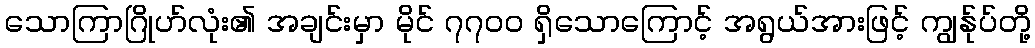
သောကြာဂြိုဟ်လုံး၏ အချင်းမှာ မိုင် ၇၇၀၀ ရှိသောကြောင့် အရွယ်အားဖြင့် ကျွန်ုပ်တို့